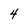
Character: 4